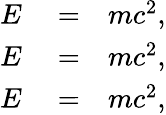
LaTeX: \begin{array}{rlr}{E}&{{}=}&{mc^{2},}\\ {E}&{{}=}&{mc^{2},}\\ {E}&{{}=}&{mc^{2},}\end{array}